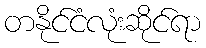
တနိုင်ငံလုံးဆိုင်ရာ